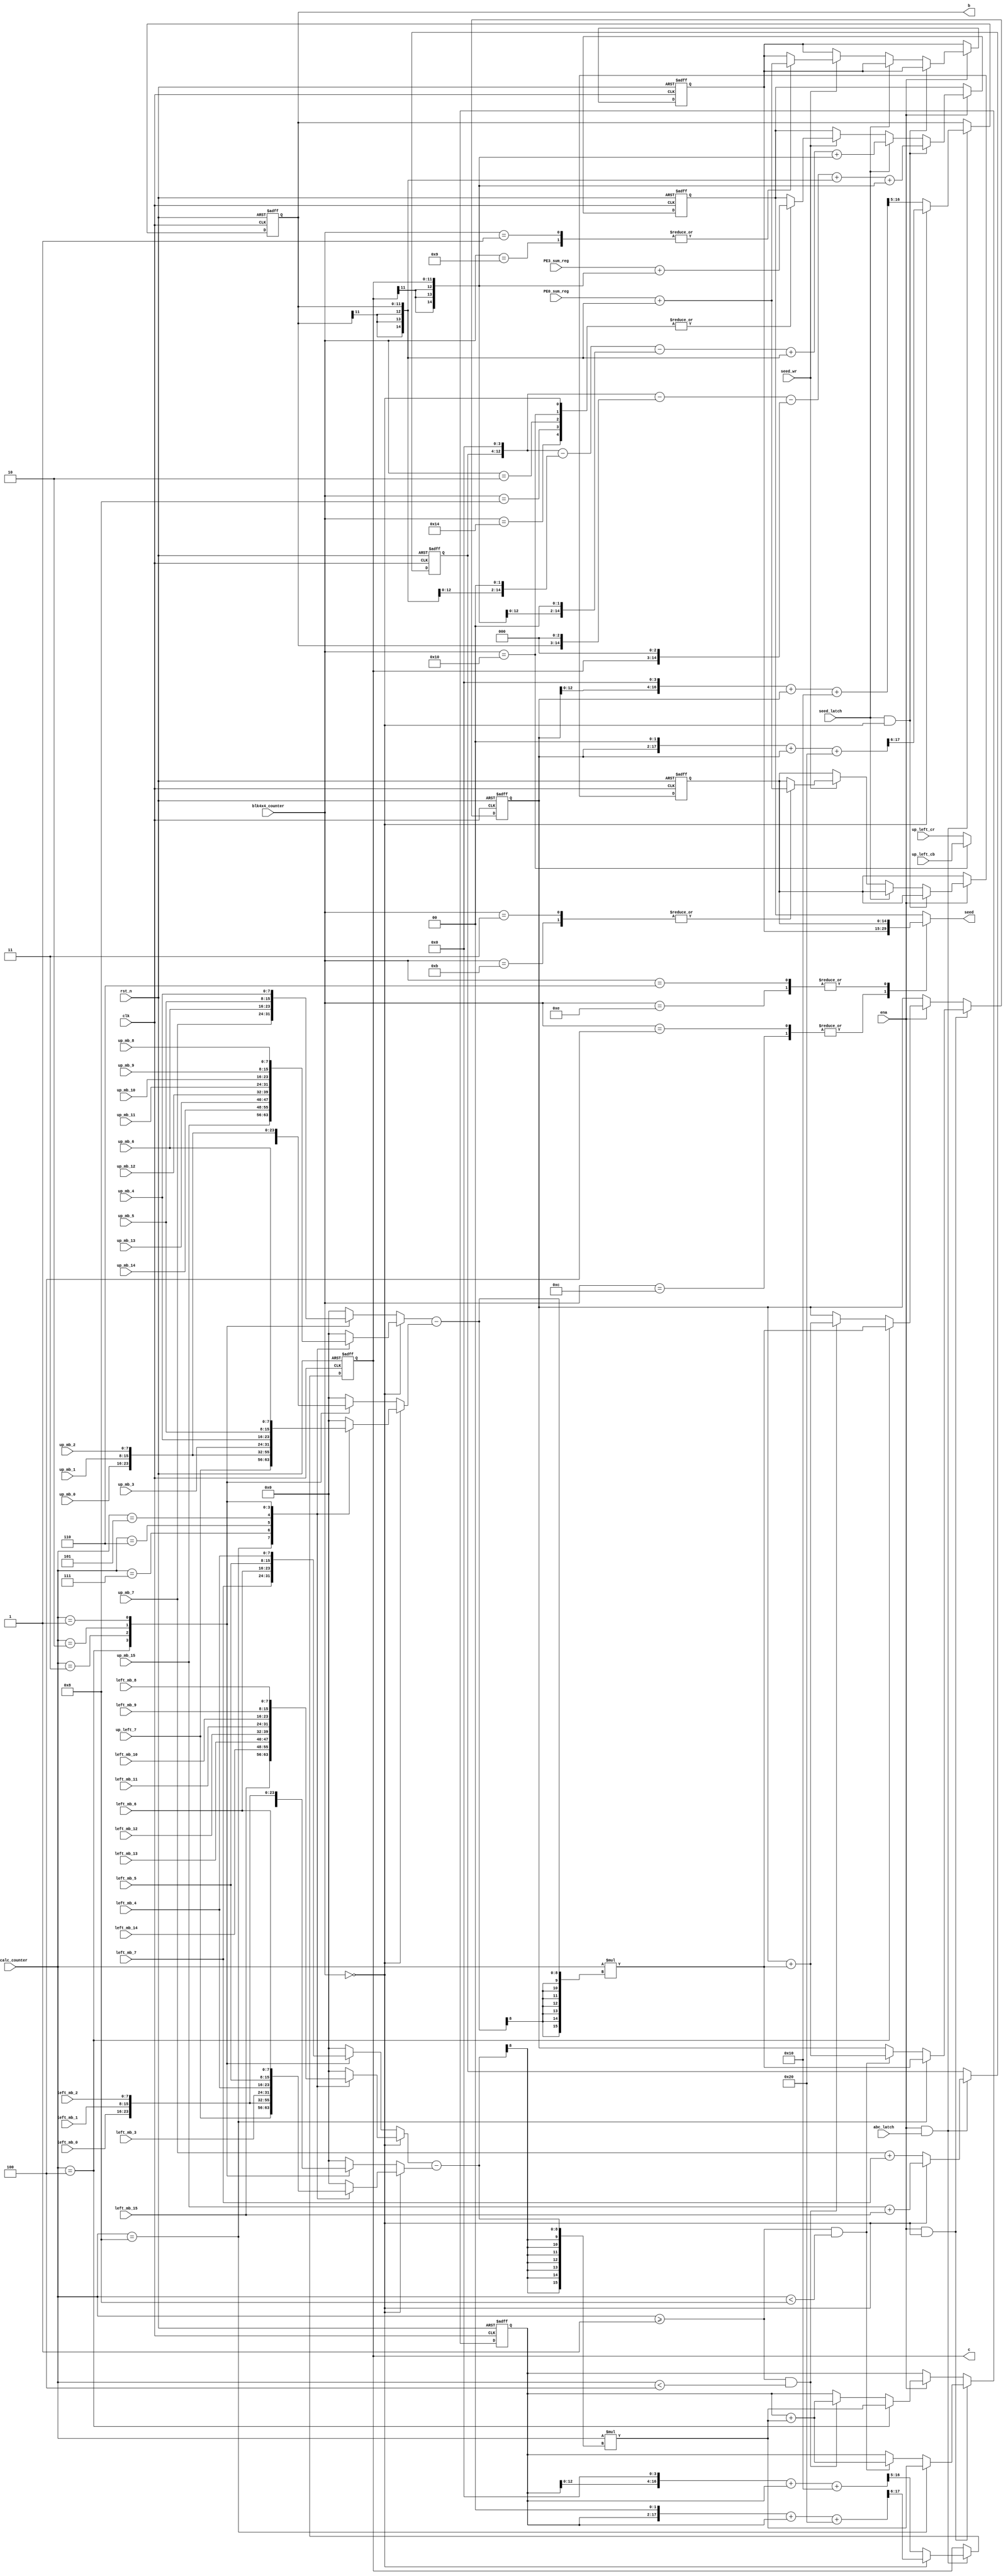
//--------------------------------------------------------------------------------------------------
// Design    : bitstream_p
// Author(s) : qiu bin, shi tian qi
// Copyright (C) 2013 qiu bin 
// All rights reserved                
//-------------------------------------------------------------------------------------------------


module intra_pred_precalc
(
    clk,
    rst_n,
    ena,
    precalc_counter,
    blk4x4_counter,
    abc_latch,
	seed_latch,
	seed_wr,
    up_mb_0,
    up_mb_1,
    up_mb_2,
    up_mb_3,
    up_mb_4,
    up_mb_5,
    up_mb_6,
    up_mb_7,
    up_mb_8,
    up_mb_9,
    up_mb_10,
    up_mb_11,
    up_mb_12,
    up_mb_13,
    up_mb_14,
    up_mb_15,
    
    left_mb_0,
    left_mb_1, 
    left_mb_2, 
    left_mb_3, 
    left_mb_4, 
    left_mb_5, 
    left_mb_6, 
    left_mb_7, 
    left_mb_8, 
    left_mb_9, 
    left_mb_10,
    left_mb_11,
    left_mb_12,
    left_mb_13,
    left_mb_14,
    left_mb_15,
    
    up_left_7,
    up_left_cb,
	up_left_cr,
   
	PE0_sum_reg,
	PE3_sum_reg,
   
    b,
    c,
    seed
);
input clk;
input rst_n;
input ena;
input abc_latch;
input seed_latch;
input seed_wr;
input [3:0] precalc_counter;
input [4:0] blk4x4_counter;
input [7:0] up_mb_0;
input [7:0] up_mb_1;
input [7:0] up_mb_2;
input [7:0] up_mb_3;
input [7:0] up_mb_4;
input [7:0] up_mb_5;
input [7:0] up_mb_6;
input [7:0] up_mb_7;
input [7:0] up_mb_8;
input [7:0] up_mb_9;
input [7:0] up_mb_10;
input [7:0] up_mb_11;
input [7:0] up_mb_12;
input [7:0] up_mb_13;
input [7:0] up_mb_14;
input [7:0] up_mb_15;
input [7:0] left_mb_0;
input [7:0] left_mb_1;
input [7:0] left_mb_2;
input [7:0] left_mb_3;
input [7:0] left_mb_4;
input [7:0] left_mb_5;
input [7:0] left_mb_6;
input [7:0] left_mb_7;
input [7:0] left_mb_8;
input [7:0] left_mb_9;
input [7:0] left_mb_10;
input [7:0] left_mb_11;
input [7:0] left_mb_12;
input [7:0] left_mb_13;
input [7:0] left_mb_14;
input [7:0] left_mb_15;

input [7:0] up_left_7;
input [7:0] up_left_cb;
input [7:0] up_left_cr;

input [14:0] PE0_sum_reg;
input [14:0] PE3_sum_reg;

output [11:0] b;
output [11:0] c;

output [14:0] seed;


reg signed [15:0] H;
reg signed [15:0] V;

reg [7:0] H_a;
reg [7:0] H_b;
reg [7:0] V_a;
reg [7:0] V_b;

reg [14:0] seed;

//FFs
reg signed [15:0] H_sum;
reg signed [15:0] V_sum;
reg [8:0] a;
reg signed [11:0] b;
reg signed [11:0] c;
reg signed [14:0] seed_0;
reg signed [14:0] seed_1;
reg signed [14:0] seed_2;

always @(posedge clk or negedge rst_n)
if (!rst_n)begin
    H_sum <= 0;
    V_sum <= 0;
end
else if (ena && blk4x4_counter == 0)begin
	if (precalc_counter == 8)begin
	    H_sum <= H;
	    V_sum <= V;
	end
	else if (precalc_counter >= 1 && precalc_counter < 8)begin
	    H_sum <= H_sum + H;
	    V_sum <= V_sum + V;
	end
end
else if(ena) begin
	if (precalc_counter == 4)begin
	    H_sum <= H;
	    V_sum <= V;
	end
	else if (precalc_counter >= 1 && precalc_counter < 4)begin
	    H_sum <= H_sum + H;
	    V_sum <= V_sum + V;
	end
end

always @(*)
if(blk4x4_counter == 0) begin
	case (precalc_counter)
	8:begin
	    H_a <= up_mb_15;    H_b <= up_left_7;
	    V_a <= left_mb_15;  V_b <= up_left_7;
	end
	7:begin
	    H_a <= up_mb_14;    H_b <= up_mb_0;
	    V_a <= left_mb_14;  V_b <= left_mb_0;
	end
	6:begin
	    H_a <= up_mb_13;    H_b <= up_mb_1;
	    V_a <= left_mb_13;  V_b <= left_mb_1;
	end
	5:begin
	    H_a <= up_mb_12;    H_b <= up_mb_2;
	    V_a <= left_mb_12;  V_b <= left_mb_2;
	end
	4:begin
	    H_a <= up_mb_11;    H_b <= up_mb_3;
	    V_a <= left_mb_11;  V_b <= left_mb_3;
	end
	3:begin
	    H_a <= up_mb_10;    H_b <= up_mb_4;
	    V_a <= left_mb_10;  V_b <= left_mb_4;
	end
	2:begin
	    H_a <= up_mb_9;     H_b <= up_mb_5;
	    V_a <= left_mb_9;   V_b <= left_mb_5;
	end
	1:begin
	    H_a <= up_mb_8;     H_b <= up_mb_6;
	    V_a <= left_mb_8;   V_b <= left_mb_6;
	end
	default:begin
	    H_a <= 0;   H_b <= 0;
	    V_a <= 0;   V_b <= 0;
	end
	endcase
end
else begin
	case (precalc_counter)
	4:begin
	    H_a <= up_mb_7;    H_b <= blk4x4_counter == 16?up_left_cb:up_left_cr;
	    V_a <= left_mb_7;  V_b <= blk4x4_counter == 16?up_left_cb:up_left_cr;
	end
	3:begin
	    H_a <= up_mb_6;    H_b <= up_mb_0;
	    V_a <= left_mb_6;  V_b <= left_mb_0;
	end
	2:begin
	    H_a <= up_mb_5;     H_b <= up_mb_1;
	    V_a <= left_mb_5;   V_b <= left_mb_1;
	end
	1:begin
	    H_a <= up_mb_4;     H_b <= up_mb_2;
	    V_a <= left_mb_4;   V_b <= left_mb_2;
	end
	default:begin
	    H_a <= 0;   H_b <= 0;
	    V_a <= 0;   V_b <= 0;
	end
	endcase
end

always @(*)
begin
    H <= precalc_counter*(H_a - H_b);
    V <= precalc_counter*(V_a - V_b);
end

always @(posedge clk or negedge rst_n)
if (!rst_n)begin
	a <= 0;
	b <= 0;
	c <= 0;
end
else if (ena && abc_latch)begin
	if (blk4x4_counter == 0) begin
		a <= (up_mb_15 + left_mb_15);
	    b <= ((H_sum <<< 2) + H_sum + 32)>>>6;
	    c <= ((V_sum <<< 2) + V_sum + 32)>>>6;
	end
	else begin
		a <= (up_mb_7 + left_mb_7);
	    b <= ((H_sum <<< 4) + H_sum + 16)>>>5;
	    c <= ((V_sum <<< 4) + V_sum + 16)>>>5;	
	end
end


//seed for blk 0, 2, 4, 8, 10, 12 ,14, 16, 18, 20, 22 is needed by intra_pred_PE

//|seed      |seed+1*b         |seed+2*b        |seed+3*b|seed+4*b |seed+5*b|seed+6*b|seed+7*b         
//|seed+1*c  |seed+1*b+1*c     |seed+2*b+1*c    |        |         |        |        |         
//|seed+2*c  |seed+1*b+2*c     |seed+2*b+2*c    |        |         |        |        |         
//|seed+3*c  |seed+1*b+3*c     |seed+2*b+3*c    |        |         |        |        |         


always @ (posedge clk or negedge rst_n)
if (!rst_n)begin
	seed_0 <= 0;
	seed_1 <= 0;
	seed_2 <= 0;
end
else if (ena) begin
	if(seed_latch && blk4x4_counter == 0)//generate seed for blk 0
		seed_0 <= {1'b0,a,4'b0} - {b,3'b0} - {c,3'b0} + {{3{b[11]}},b} + {{3{c[11]}},c};  //16 * a - 7 * b - 7 * c
	else if(seed_latch) //generate seed for blk 16, 20
		seed_0 <= {1'b0,a,4'b0} - {b[11],b,2'b0} - {c[11],c,2'b0} + {{3{b[11]}},b} + {{3{c[11]}},c}; //16 * a - 3 * b - 3 * c
	else if (seed_wr)
		case (blk4x4_counter)
			0,2,8,16,20	:seed_0 <= PE3_sum_reg+{{3{c[11]}},c};	//generate seed for blk 2, 8, 10, 18, 22 
			1,9			:seed_1 <= PE0_sum_reg+{{3{b[11]}},b};  //generate seed for blk 4, 12
			3,11		:seed_2 <= PE0_sum_reg+{{3{b[11]}},b};  //generate seed for blk 6, 14
		endcase
end

always @ (*)
case (blk4x4_counter)
	4,12	:seed <= seed_1;
	6,14	:seed <= seed_2;
	default :seed <= seed_0;
endcase

endmodule